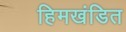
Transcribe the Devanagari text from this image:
हिमखंडित